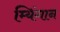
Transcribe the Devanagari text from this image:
म्यिंगान